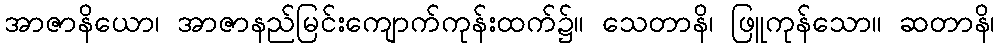
အာဇာနိယော၊ အာဇာနည်မြင်းကျောက်ကုန်းထက်၌။ သေတာနိ၊ ဖြူကုန်သော။ ဆတာနိ၊